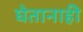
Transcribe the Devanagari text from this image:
घेतानाही